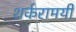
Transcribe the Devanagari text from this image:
शर्करामयी